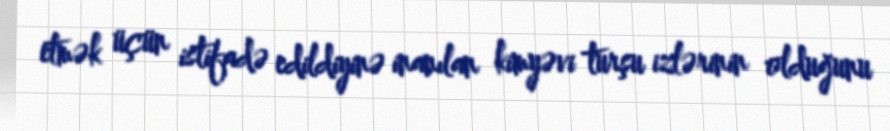
etmək üçün istifadə edildiyinə inanılan kimyəvi turşu izlərinin olduğunu